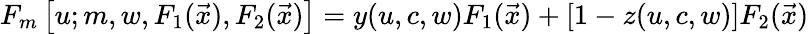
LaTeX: F_{m}\left[u;m,w,F_{1}(\vec{x}),F_{2}(\vec{x})\right]=y(u,c,w)F_{1}(\vec{x})+\left[1-z(u,c,w)\right]F_{2}(\vec{x})